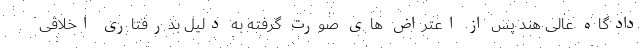
دادگاه عالی هند پس از اعتراض های صورت گرفته به دلیل بدرفتاری اخلاقی